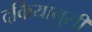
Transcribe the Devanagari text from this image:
दकियानुसी